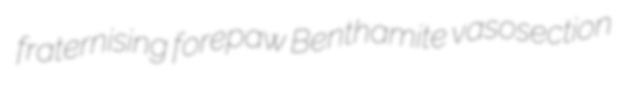
fraternising forepaw Benthamite vasosection